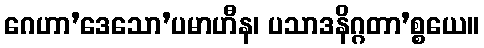
ဂေဟာ’ဒေသော’ပမာဟီန၊ ပသာဒနိဂ္ဂတာ’စ္စယေ။